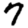
Digit: 7